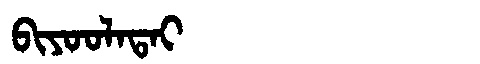
Manchu: ᠪᡳᠶᠣᠣᠯᠠᡨᠠᡳ
Romanization: BIYOOLATAI